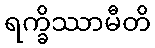
ရက္ခိဿာမီတိ